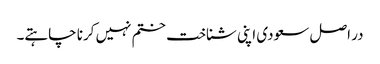
در اصل سعودی اپنی شناخت ختم نہیں کرنا چاہتے۔